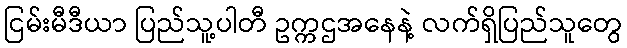
ငြမ်းမီဒီယာ ပြည်သူ့ပါတီ ဥက္ကဌအနေနဲ့ လက်ရှိပြည်သူတွေ